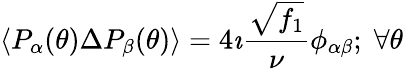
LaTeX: \left\langle P_{\alpha}(\theta)\Delta P_{\beta}(\theta)\right\rangle=4\imath\frac{\sqrt{f_{1}}}{\nu}\phi_{\alpha\beta};\; \forall\theta